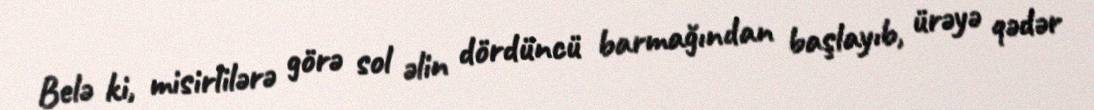
Belə ki, misirlilərə görə sol əlin dördüncü barmağından başlayıb, ürəyə qədər